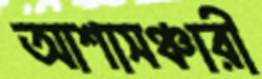
আশাসঞ্চারী